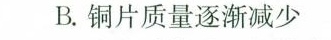
B.铜片质量逐渐减少